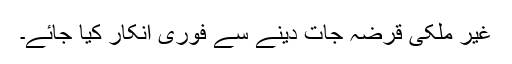
غیر ملکی قرضہ جات دینے سے فوری انکار کیا جائے۔